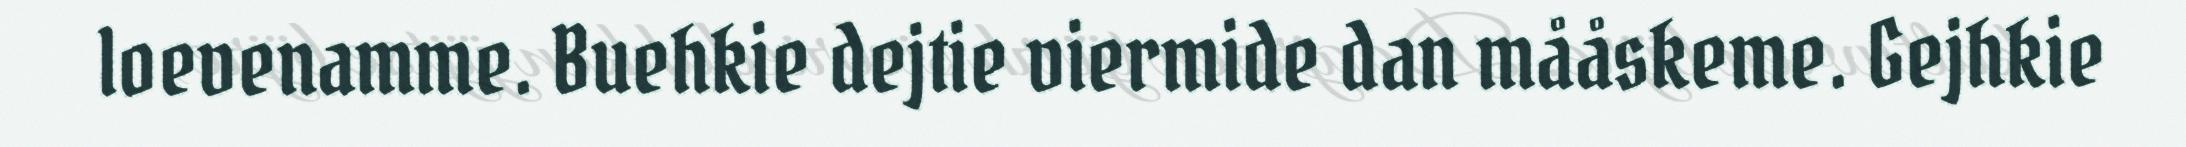
loevenamme. Buehkie dejtie viermide dan mååskeme. Gejhkie